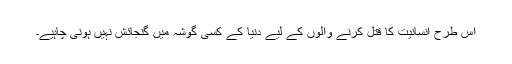
اس طرح انسانیت کا قتل کرنے والوں کے لیے دنیا کے کسی گوشہ میں گنجائش نہیں ہونی چاہیے۔